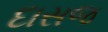
દાસજ